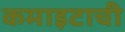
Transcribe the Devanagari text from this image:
कमाइटाची